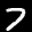
Label: 7